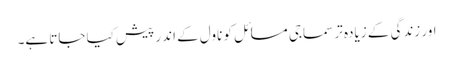
اور زندگی کے زیادہ تر سماجی مسائل کو ناول کے اندر پیش کیا جاتا ہے۔